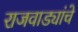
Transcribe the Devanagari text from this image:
राजवाड्यांचे